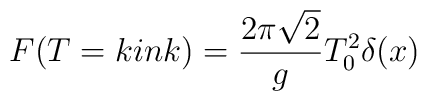
F(T=kink)=\frac{2\pi\sqrt{2}}{g}T^2_0\delta (x)